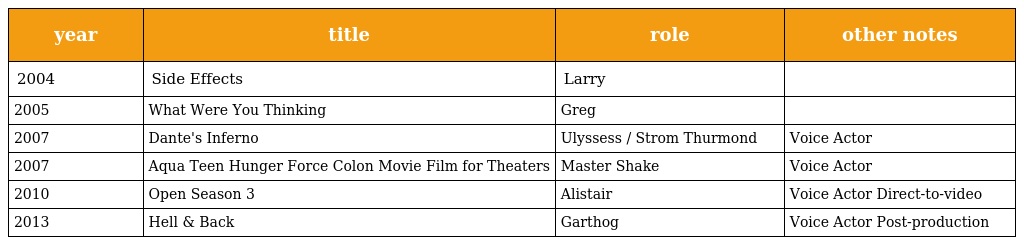
| year | title | role | other notes |
 | --- | --- | --- | --- |
 | 2004 | Side Effects | Larry |  |
 | 2005 | What Were You Thinking | Greg |  |
 | 2007 | Dante's Inferno | Ulyssess / Strom Thurmond | Voice Actor |
 | 2007 | Aqua Teen Hunger Force Colon Movie Film for Theaters | Master Shake | Voice Actor |
 | 2010 | Open Season 3 | Alistair | Voice Actor Direct-to-video |
 | 2013 | Hell & Back | Garthog | Voice Actor Post-production |